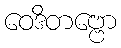
ဝေဒိတဗ္ဗော